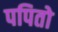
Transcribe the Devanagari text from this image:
पपितो